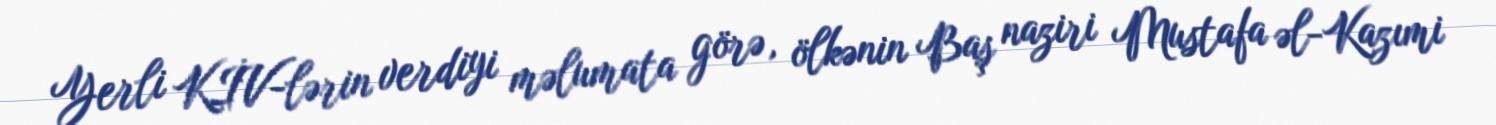
Yerli KİV-lərin verdiyi məlumata görə, ölkənin Baş naziri Mustafa əl-Kazımi